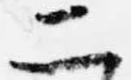
二